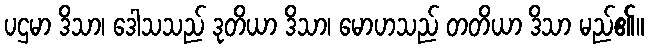
ပဌမာ ဒိသာ၊ ဒေါသသည် ဒုတိယာ ဒိသာ၊ မောဟသည် တတိယာ ဒိသာ မည်၏။